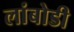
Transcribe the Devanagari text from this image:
लांबोडी